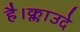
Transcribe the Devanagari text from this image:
है।क्लाउदे